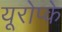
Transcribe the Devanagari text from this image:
यूरोप्के